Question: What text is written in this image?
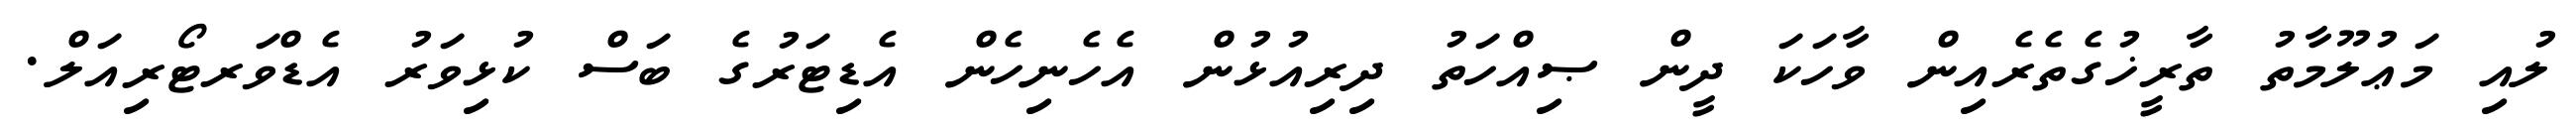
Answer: ލުއި މަޢުލޫމާތު ތާރީޚުގެތެރެއިން ވާހަކަ ދީން ޞިއްހަތު ދިރިއުޅުން އެހެނިހެން އެޑިޓަރުގެ ބަސް ކުޅިވަރު އެޑްވަރޓޯރިއަލް.